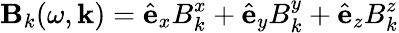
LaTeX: \mathbf{B}_{k}(\omega,\mathbf k)=\hat{\mathbf e}_{x}B_{k}^{x}+\hat{\mathbf e}_{y}B_{k}^{y}+\hat{\mathbf e}_{z}B_{k}^{z}